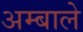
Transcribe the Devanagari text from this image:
अम्बाले